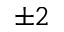
\pm 2